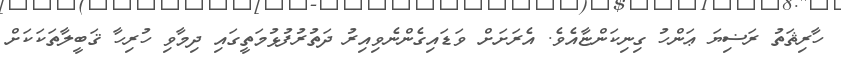
ހާރިޘަތު ރަޟިޔަ ޢަންހު ގިނިކަންޏާއެވެ. އެރަށަށް ވަޑައިގެންނެވިއިރު ދަތުރުފުޅުމަތީގައި ދިމާވި ހުރިހާ ޤަބީލާތަކަކަށް